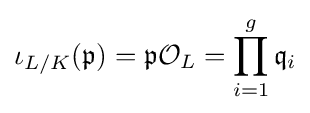
\iota _{L/K}({\mathfrak {p}})={\mathfrak {p}}{\mathcal {O}}_{L}=\prod _{i=1}^{g}{\mathfrak {q}}_{i}